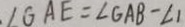
\angle G A E = \angle G A B - \angle 1